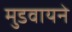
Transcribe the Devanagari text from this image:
मुडवायने